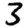
Digit: 3